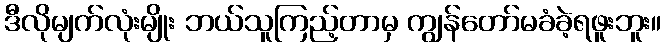
ဒီလိုမျက်လုံးမျိုး ဘယ်သူကြည့်တာမှ ကျွန်တော်မခံခဲ့ရဖူးဘူး။